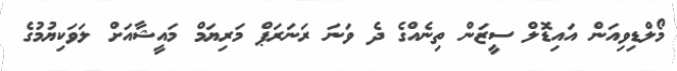
މޯލްޑިވިއަން އައިޑޮލް ސީޒަން ތިނެއްގެ ދެ ވަނަ ރަނަރަޕް މަރިޔަމް މައީޝާއަށް ލަވަކިޔުމުގެ